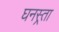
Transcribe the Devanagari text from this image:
घनस्र्ता